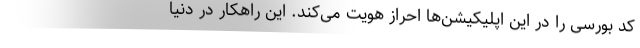
کد بورسی را در این اپلیکیشن‌ها احراز هویت می‌کند. این راهکار در دنیا